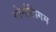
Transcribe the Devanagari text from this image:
सोर्नालिंगम